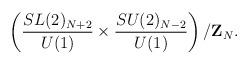
LaTeX: \begin{align*}\left(\frac{SL(2)_{N+2}}{U(1)}\times\frac{SU(2)_{N-2}}{U(1)}\right)/{\bf Z}_N.\end{align*}